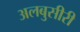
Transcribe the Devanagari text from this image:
अलबुसीरी